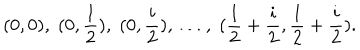
( 0 , 0 ) , \; ( 0 , \frac { 1 } { 2 } ) , \; ( 0 , \frac { i } { 2 } ) , \; \ldots , \; ( \frac { 1 } { 2 } + \frac { i } { 2 } , \frac { 1 } { 2 } + \frac { i } { 2 } ) .